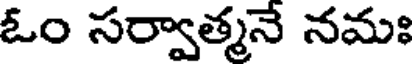
ఓం సర్వాత్మనే నమః